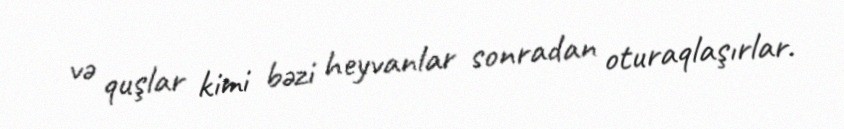
və quşlar kimi bəzi heyvanlar sonradan oturaqlaşırlar.